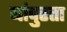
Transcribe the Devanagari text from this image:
यांपुरता